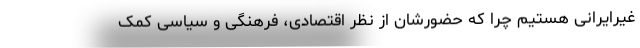
غیرایرانی هستیم چرا که حضورشان از نظر اقتصادی، فرهنگی و سیاسی کمک